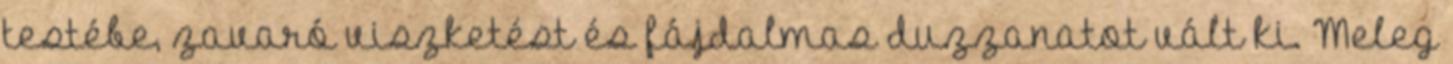
testébe, zavaró viszketést és fájdalmas duzzanatot vált ki. Meleg